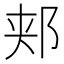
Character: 郏